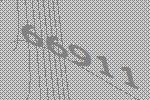
66911